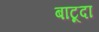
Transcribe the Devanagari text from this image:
बाटूदा